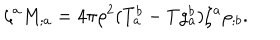
LaTeX: \zeta ^ { a } M _ { ; a } = 4 \pi \rho ^ { 2 } ( T _ { a } ^ { b } - T g _ { a } ^ { b } ) \zeta ^ { a } \rho _ { ; b } .